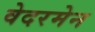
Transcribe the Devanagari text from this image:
वेदरमेन